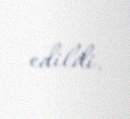
edildi.